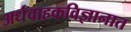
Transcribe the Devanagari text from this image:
अर्धवाहकविज्ञानात